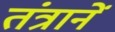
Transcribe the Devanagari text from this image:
तंत्रानें